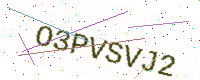
Text: O3PVSVJ2